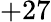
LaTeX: +27